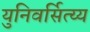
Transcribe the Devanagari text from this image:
युनिवर्सित्य्य